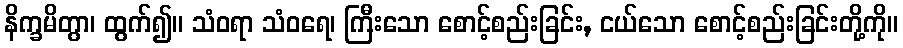
နိက္ခမိတွာ၊ ထွက်၍။ သံဝရာ သံဝရေ၊ ကြီးသော စောင့်စည်းခြင်း, ငယ်သော စောင့်စည်းခြင်းတို့ကို။